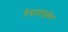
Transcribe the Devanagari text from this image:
रिवाजामुळेच